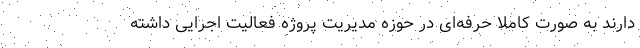
دارند به صورت کاملا حرفه‌ای در حوزه مدیریت پروژه فعالیت اجرایی داشته